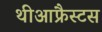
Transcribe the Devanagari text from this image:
थीआफ्रैस्टस